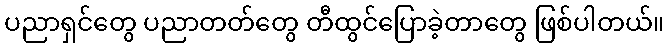
ပညာရှင်တွေ ပညာတတ်တွေ တီထွင်ပြောခဲ့တာတွေ ဖြစ်ပါတယ်။